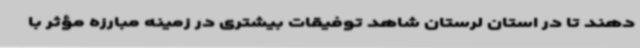
دهند تا در استان لرستان شاهد توفیقات بیشتری در زمینه مبارزه مؤثر با